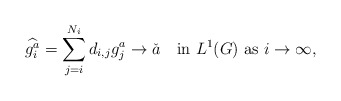
\begin{align*}\widehat{g_i^a}=\sum_{j=i}^{N_i}d_{i,j}g_j^a \to \check{a}\quad\textrm{in}\ L^1(G) \ \textrm{as}\ i\to\infty,\end{align*}